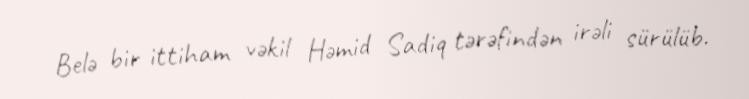
Belə bir ittiham vəkil Həmid Sadiq tərəfindən irəli sürülüb.